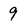
Character: 9